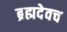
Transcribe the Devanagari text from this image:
ब्रह्मदेवच